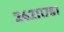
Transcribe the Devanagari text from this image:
२४२११७०१